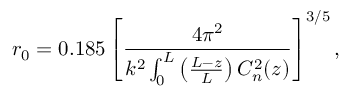
r _ { 0 } = 0 . 1 8 5 \left[ \frac { 4 \pi ^ { 2 } } { k ^ { 2 } \int _ { 0 } ^ { L } \left( \frac { L - z } { L } \right) C _ { n } ^ { 2 } ( z ) } \right] ^ { 3 / 5 } ,